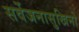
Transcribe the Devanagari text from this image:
सर्वेजनासुखिनो